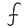
Character: F